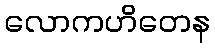
လောကဟိတေန